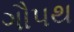
ગૌપથ